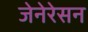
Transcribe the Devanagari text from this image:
जेनेरेसन